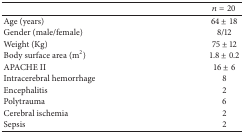
<table><thead><tr><td><b> </b></td><td><b><i>n</i> = 20</b></td></tr></thead><tbody><tr><td>Age (years) </td><td>64 ± 18</td></tr><tr><td>Gender (male/female)</td><td>8/12</td></tr><tr><td>Weight (Kg) </td><td>75 ± 12</td></tr><tr><td>Body surface area (m<sup>2</sup>) </td><td>1.8 ± 0.2</td></tr><tr><td>APACHE II </td><td>16 ± 6</td></tr><tr><td>Intracerebral hemorrhage </td><td>8 </td></tr><tr><td>Encephalitis</td><td>2</td></tr><tr><td>Polytrauma</td><td>6</td></tr><tr><td>Cerebral ischemia</td><td>2</td></tr><tr><td>Sepsis </td><td>2</td></tr></tbody></table>